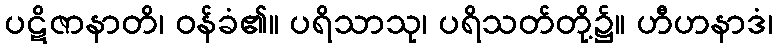
ပဋိဇာနာတိ၊ ဝန်ခံ၏။ ပရိသာသု၊ ပရိသတ်တို့၌။ ဟီဟနာဒံ၊